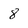
Character: 8